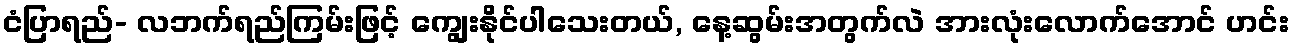
ငံပြာရည်- လဘက်ရည်ကြမ်းဖြင့် ကျွေးနိုင်ပါသေးတယ်, နေ့ဆွမ်းအတွက်လဲ အားလုံးလောက်အောင် ဟင်း